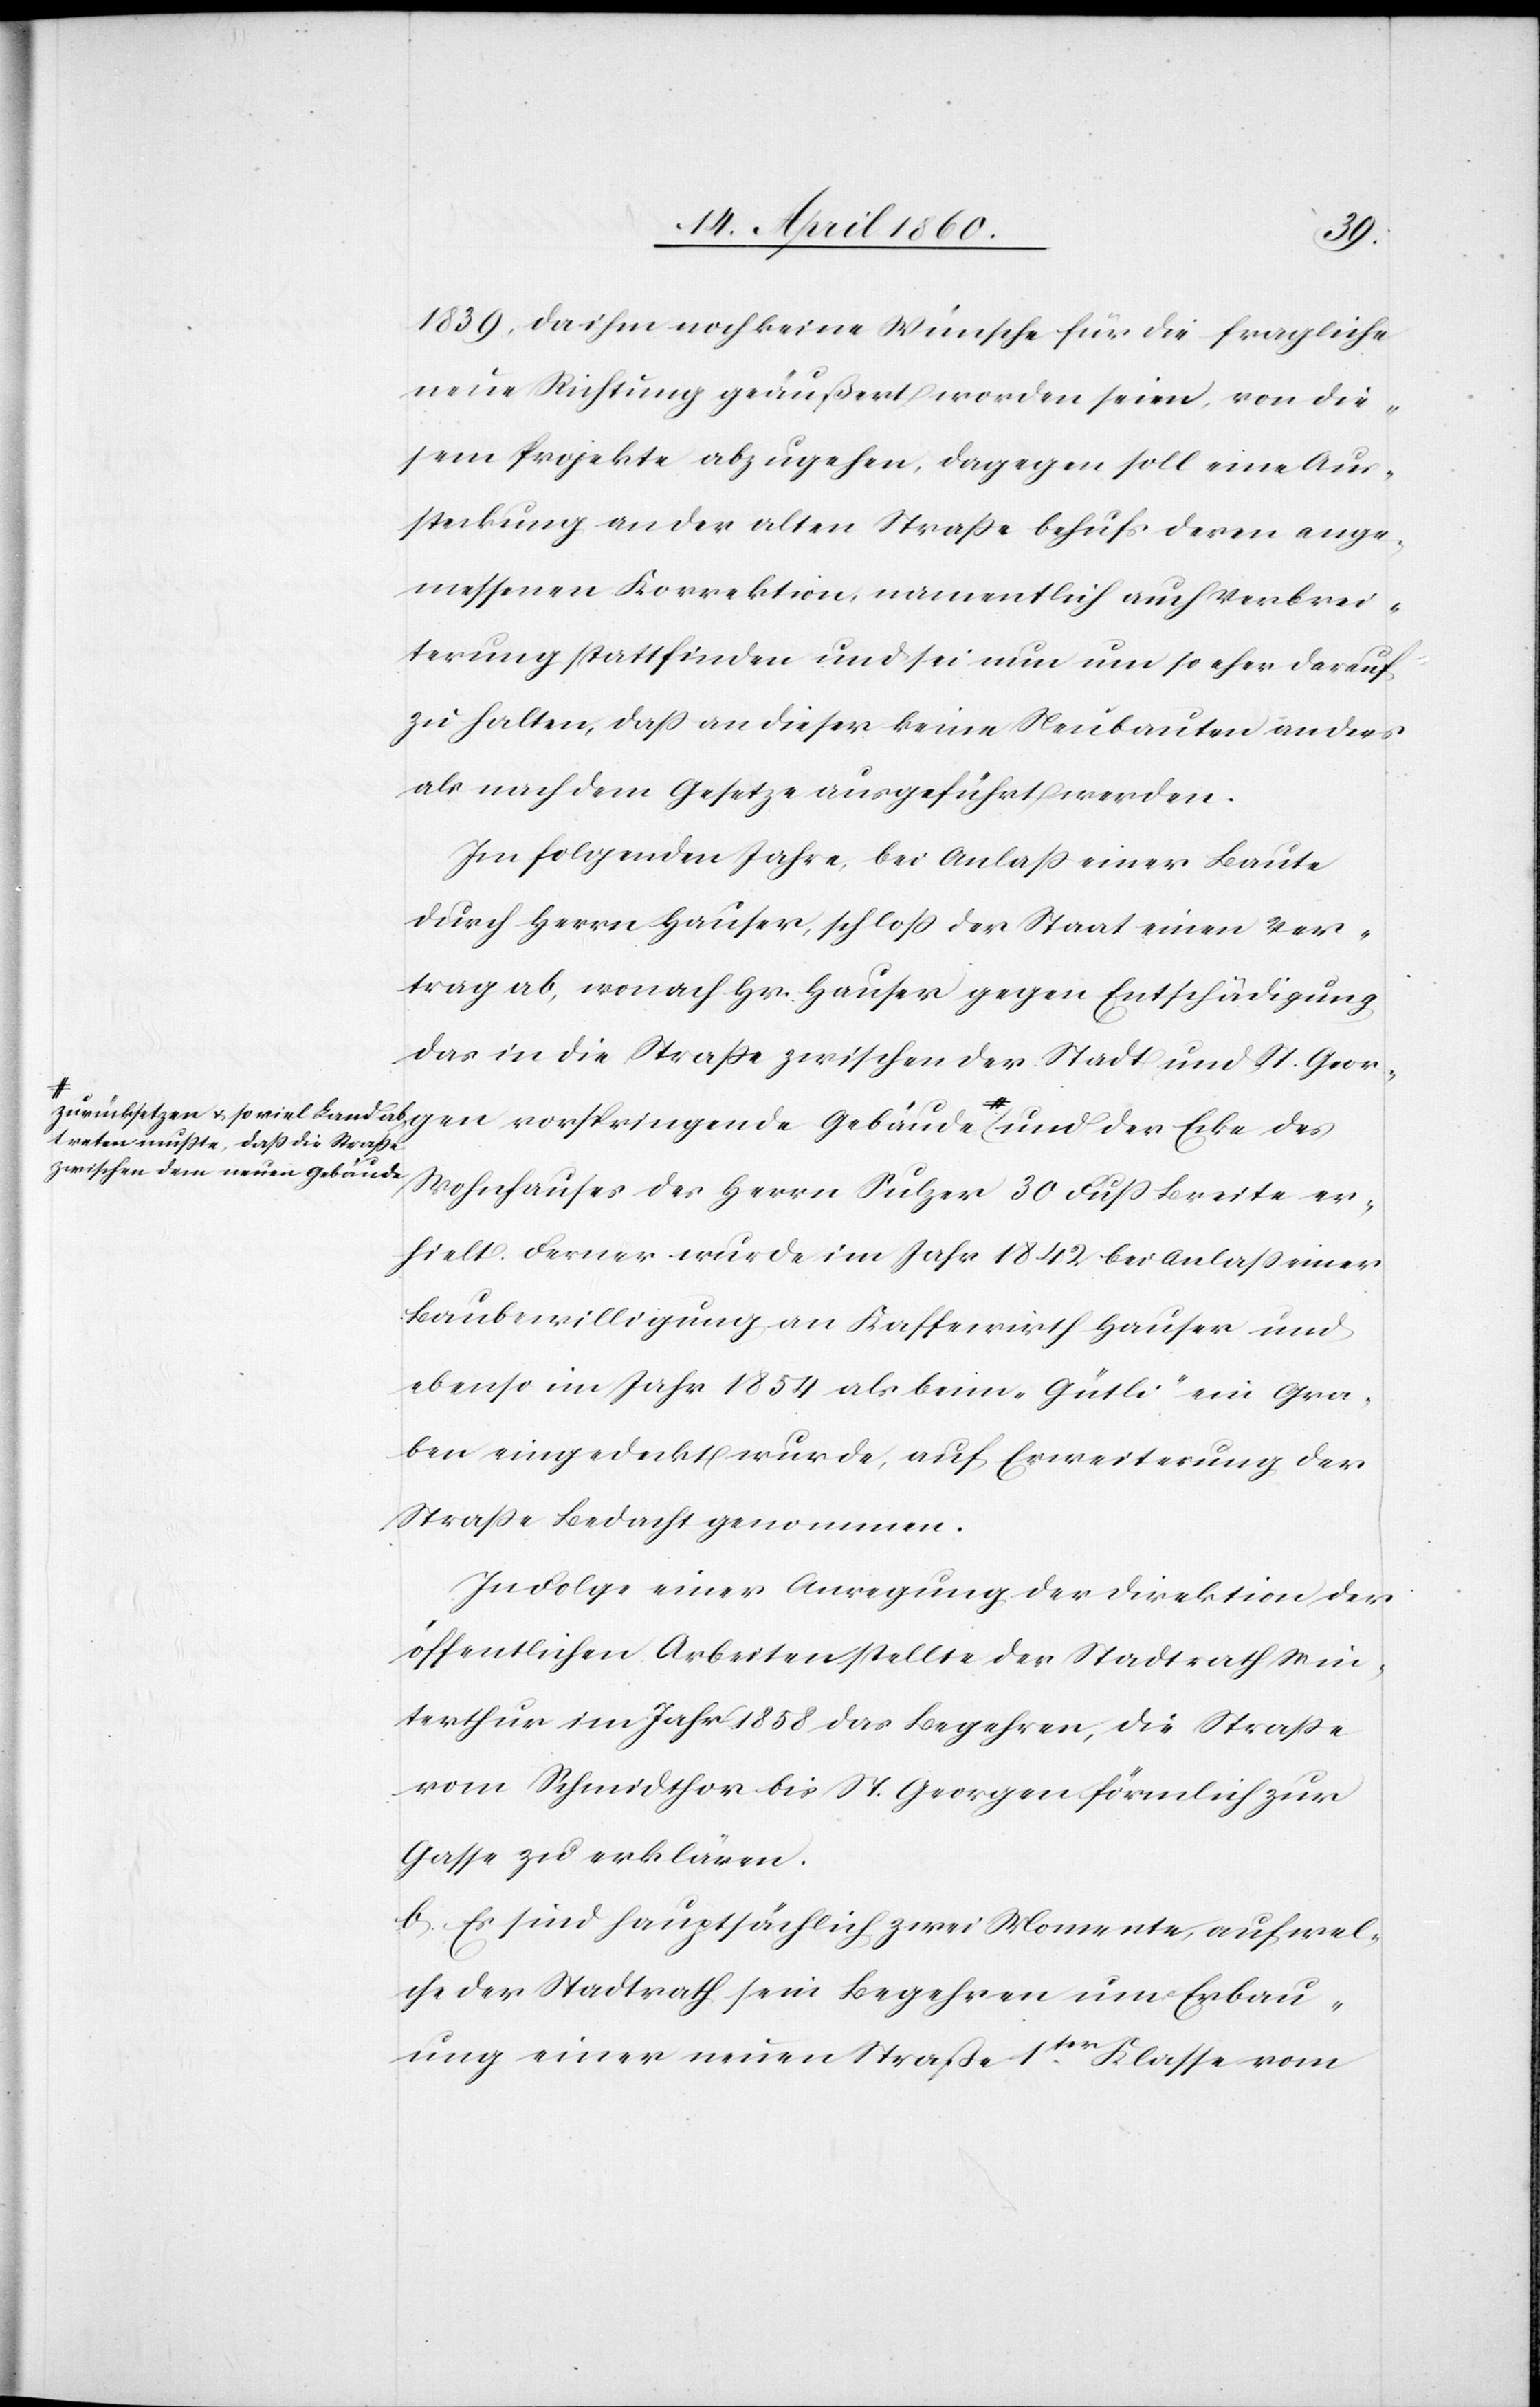
1839, da ihm noch keine Wünsche für die fragliche
neue Richtung geäußert worden seien, von die¬
gen
sem Projekte abzugehen, dagegen soll eine Aus¬
steckung an der alten Strasse behufs deren ange¬
messenen Korrektion, namentlich auch Verbrei¬
terung stattfinden und sei nun um so eher darauf
zu halten, dass an dieser keine Neubauten anders
als nach dem Gesetze ausgeführt werden.
Im folgenden Jahre, bei Anlass einer Baute
durch Herrn Hauser, schloß der Staat einen Ver¬
trag ab, wonach Hr. Hauser gegen Entschädigung
das in die Strasse zwischen der Stadt und St. Geor¬
a-zurücksetzen u. so viel Land abtreten mußte, dass die Strasse zwischen dem neuen Gebäude-a und der Ecke des
Wohnhauses des Herrn Sulzer 30 Fuss Breite er¬
hielt. Ferner wurde im Jahr 1842 bei Anlass einer
Baubewilligung an Kassawirth Hauser und
ebenso im Jahr 1854 als beim „Gütli“ ein Gra¬
ben eingedeckt wurde, auf Erweiterung der
Strasse Bedacht genommen.
In Folge einer Anregung der Direktion der
öffentlichen Arbeiten stellte der Stadtrath Win¬
terthur im Jahr 1858 das Begehren, die Strasse
vom Schmidthor bis St. Georgen förmlich zur
Gasse zu erklären.
b. Es sind hauptsächlich zwei Momente, auf wel¬
che der Stadtrath sein Begehren um Erbau¬
ung einer neuen Straße 1ter Klasse vom